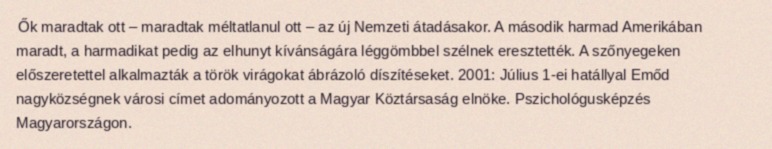
Ők maradtak ott – maradtak méltatlanul ott – az új Nemzeti átadásakor. A második harmad Amerikában maradt, a harmadikat pedig az elhunyt kívánságára léggömbbel szélnek eresztették. A szőnyegeken előszeretettel alkalmazták a török virágokat ábrázoló díszítéseket. 2001: Július 1-ei hatállyal Emőd nagyközségnek városi címet adományozott a Magyar Köztársaság elnöke. Pszichológusképzés Magyarországon.